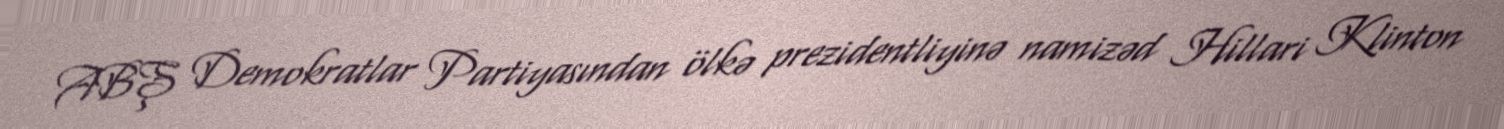
ABŞ Demokratlar Partiyasından ölkə prezidentliyinə namizəd Hillari Klinton